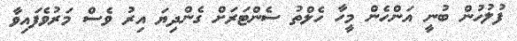
ފުލުުހުން ބުނީ އަންހެން މީހާ ހެލްތު ސެންޓަރަށް ގެންދިޔަ އިރު ވެސް މަރުވެފައިވާ